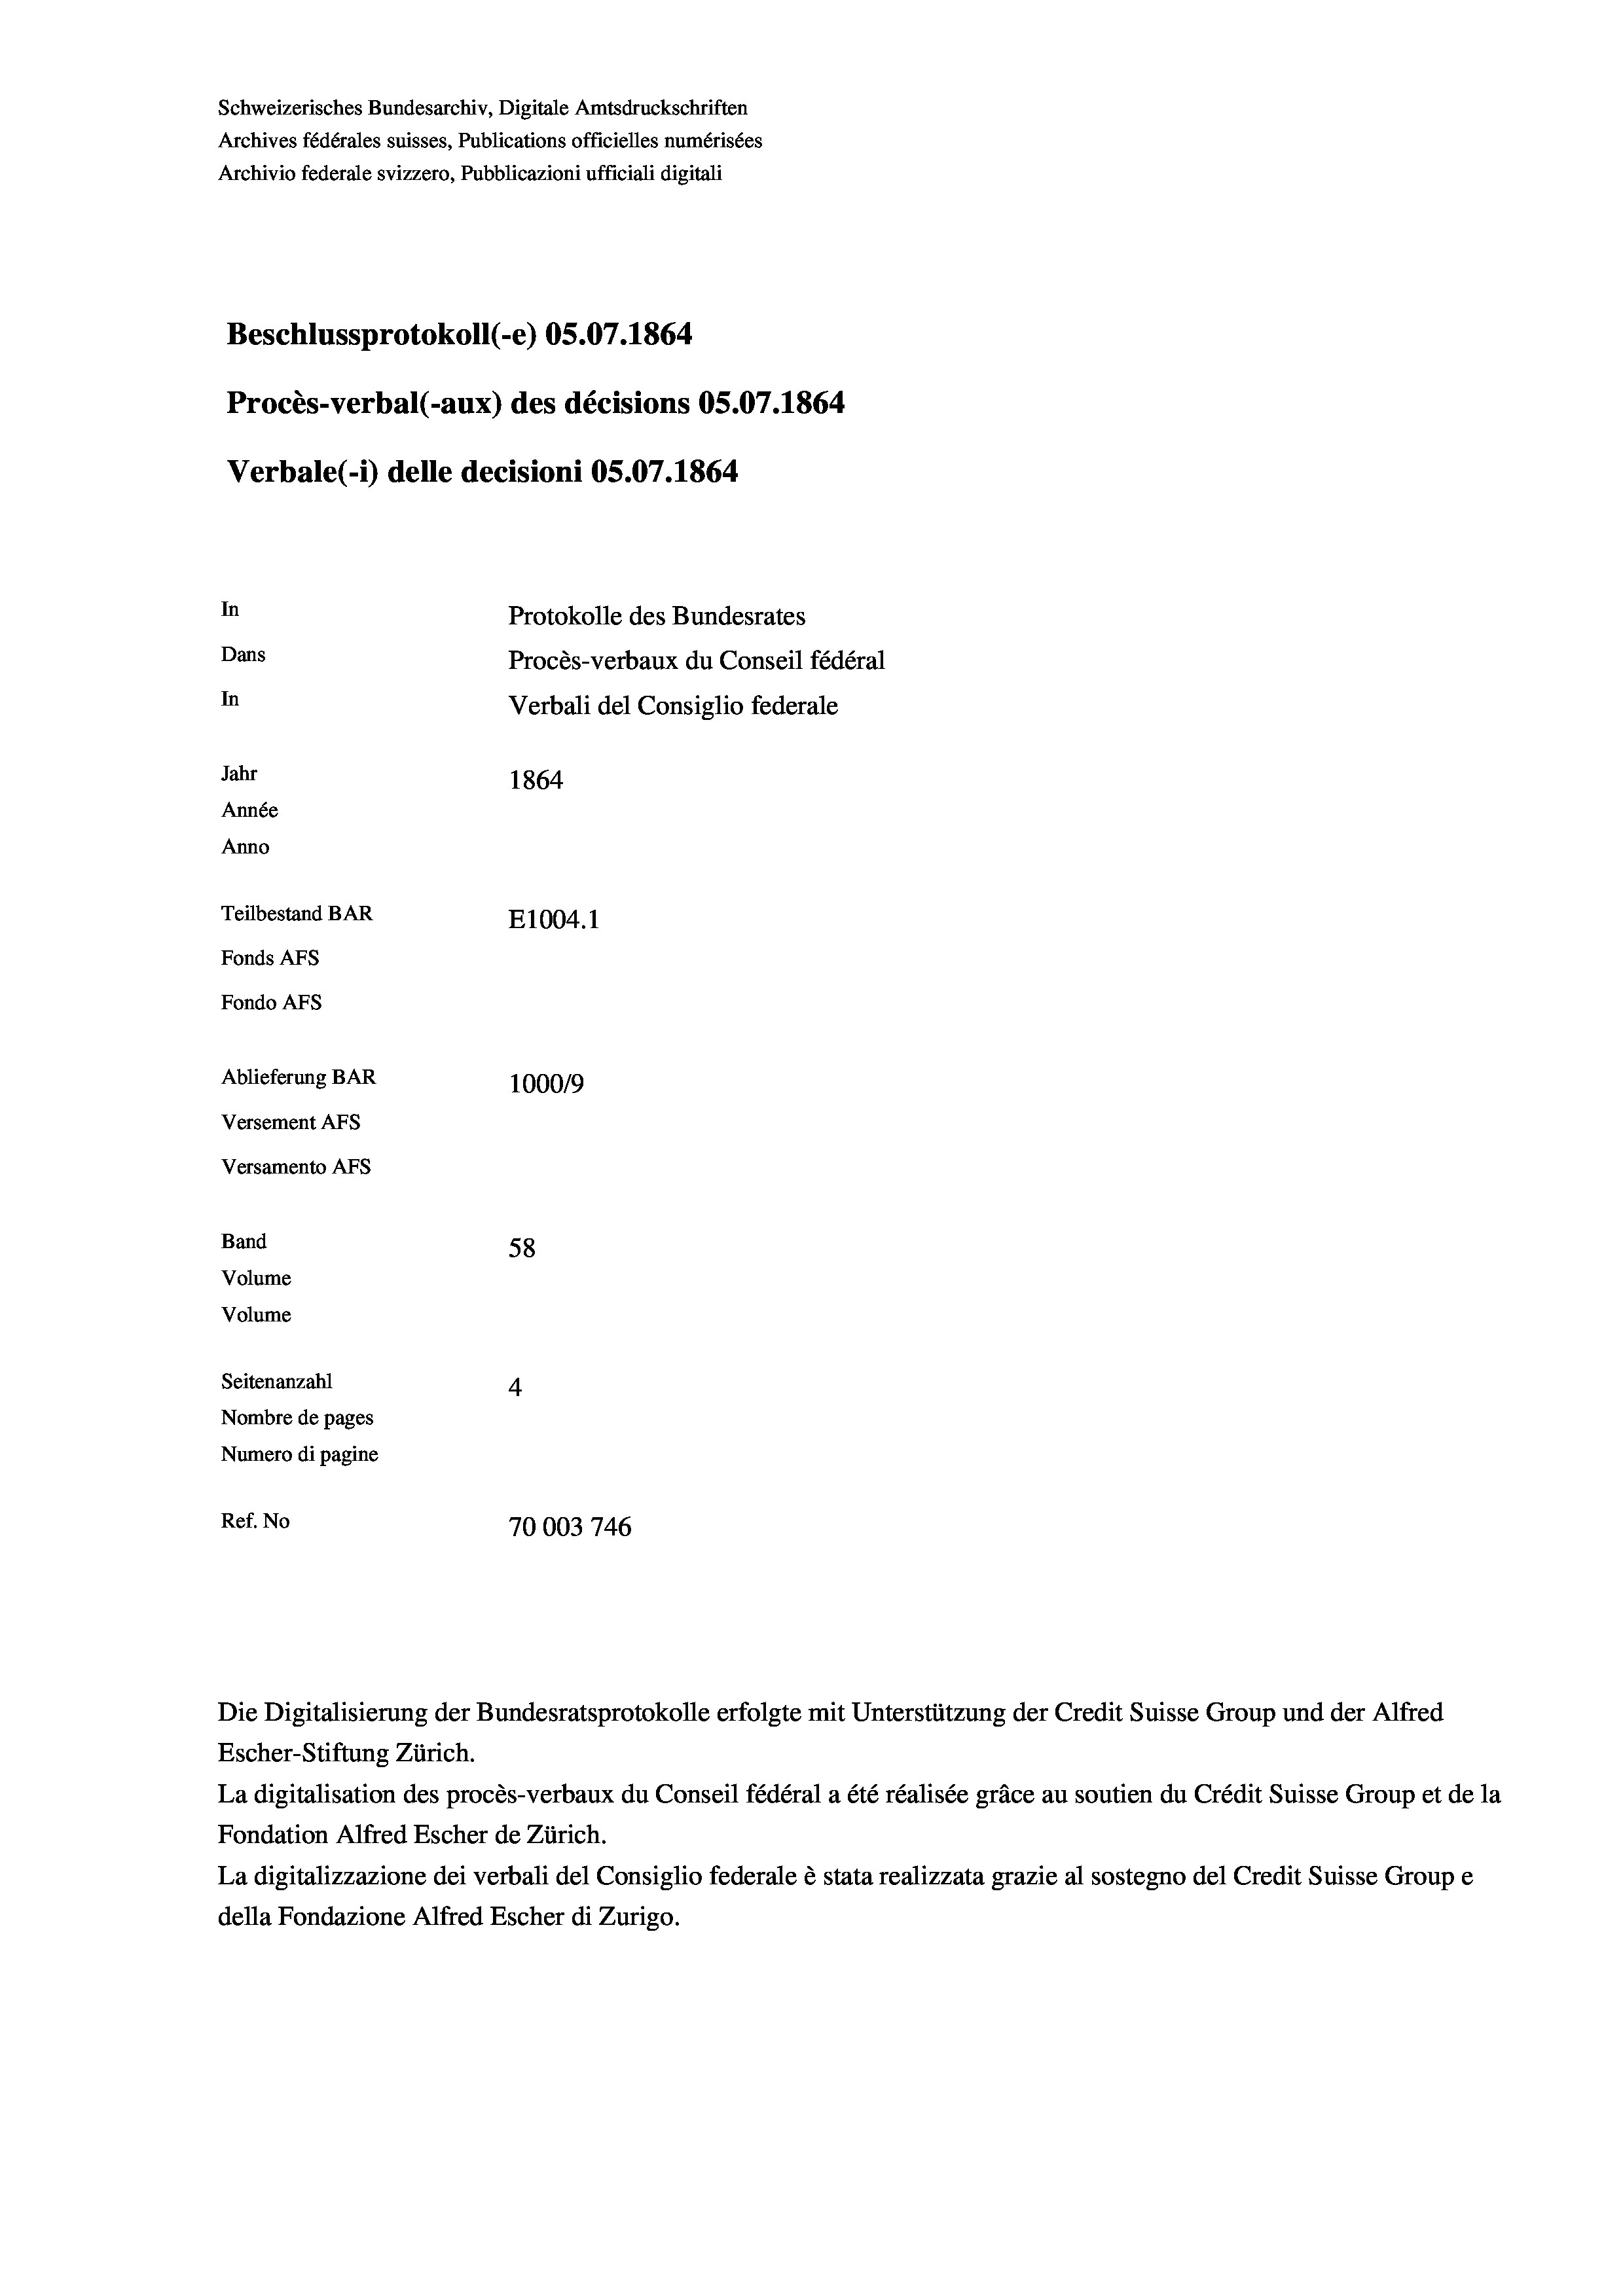
Schweizerisches Bundesarchiv, Digitale Amtsdruckschriften
Archives fédérales suisses, Publications officielles numérisées
Archivio federale svizzero, Pubblicazioni ufficiali digitali
Beschlussprotokoll (-e) OS.07. 1864.
Procès-verbal (-aux) des décisions OS.07. 1864
Verbale (1) delle decisioni OS.07. 1864
In
Protokolle des Bundesrates
Dans
Procès-verbaux du Conseil fédéral
In
Verbali del Consiglio federale
Jahr
1864
Année
Anno
Teilbestand BAR
E1004. 1
Fonds Afs
Fondo AFs
Ablieferung BAR
100019
Versement AFs
Versamento Afs
Band
58
Volume
Volume

Seitenanzahl
4
Nombre de pages
Numero di pagine
Ref. No
70003 746

Escher-Stiftung Zürich.
La digitalisation des procès-verbaux du Conseil fédéral a été réalisée gräce au soutien du Crédit Suisse Group et de la
Fondation Alfred Escher de Zürich.
La digitalizzazione dei verbali del Consiglio federale è stata realizzata grazie al sostegno del Credit Suisse Groupe
della Fondazione Alfred Escher di Zurigo.

Die Digitalisierung der Bundesratsprotokolle erfolgte mit Unterstützung der Credit Suisse Group und der Alfred